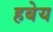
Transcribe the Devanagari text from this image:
हबेय